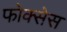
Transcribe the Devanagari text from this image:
फोक्सेस